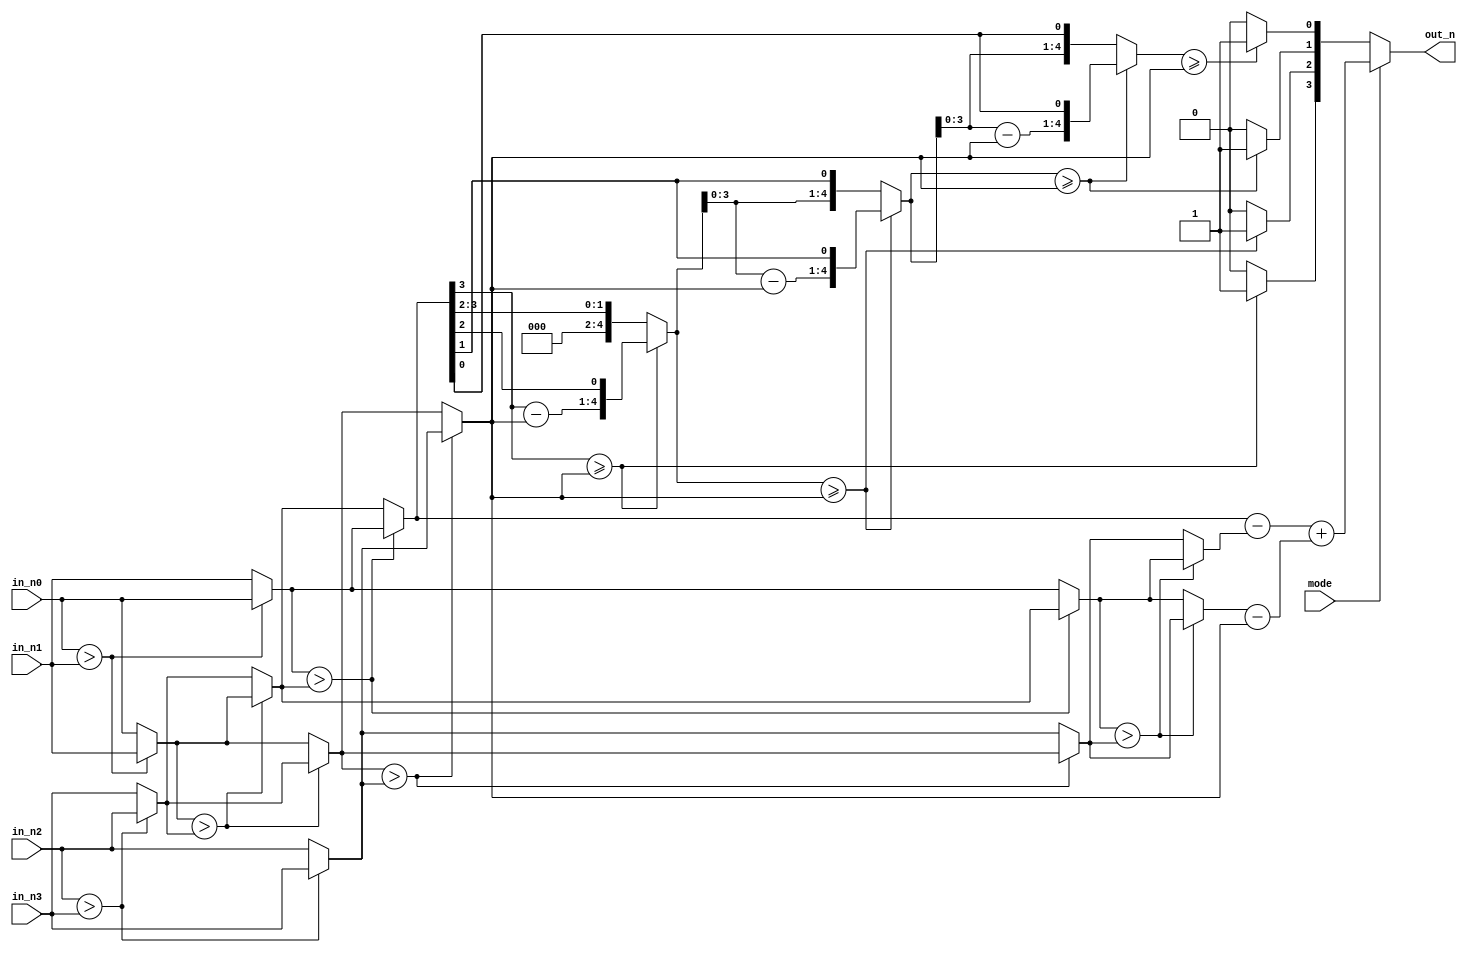
module SD(
	in_n0,
	in_n1, 
	in_n2, 
	in_n3, 
	mode,
	out_n
);
input [3:0] in_n0;   
input [3:0] in_n1;   
input [3:0] in_n2;   
input [3:0] in_n3;   
input mode;
   
output reg [3:0] out_n;

wire [3:0] swap_1_b,swap_1_s,swap_2_b,swap_2_s,swap_3_b,swap_3_s;
wire [3:0] swap_4_b,swap_4_s,swap_5_b,swap_5_s,swap_6_b,swap_6_s;
wire [4:0] q0,q1,q2;
wire [4:0] temp_q1,temp_q2,temp_q3;
wire [7:0] temp,div1,div2;
reg [3:0] n0,n1,n2,n3;
wire [3:0] Q;

//sorting
assign swap_1_b = (in_n0>in_n1)?in_n0:in_n1;
assign swap_1_s = (in_n0>in_n1)?in_n1:in_n0; 
assign swap_2_b = (in_n2>in_n3)?in_n2:in_n3;
assign swap_2_s = (in_n2>in_n3)?in_n3:in_n2;  
assign swap_3_b = (swap_1_s>swap_2_b)?swap_1_s:swap_2_b;
assign swap_3_s = (swap_1_s>swap_2_b)?swap_2_b:swap_1_s;
assign swap_4_b = (swap_1_b>swap_3_b)?swap_1_b:swap_3_b;
assign swap_4_s = (swap_1_b>swap_3_b)?swap_3_b:swap_1_b;
assign swap_5_b = (swap_3_s>swap_2_s)?swap_3_s:swap_2_s;
assign swap_5_s = (swap_3_s>swap_2_s)?swap_2_s:swap_3_s;
assign swap_6_b = (swap_4_s>swap_5_b)?swap_4_s:swap_5_b;
assign swap_6_s = (swap_4_s>swap_5_b)?swap_5_b:swap_4_s;

//sorting_result
always@*
begin
  n0 = swap_4_b;
  n1 = swap_6_b;
  n2 = swap_6_s;
  n3 = swap_5_s;
end   

assign temp = {4'b0,n0};
assign div1 = {temp[7:3]};   
assign div2 = {1'b0,n3};
assign temp_q3 = div1-div2;
assign temp_q2 = q2-div2;
assign temp_q1 = q1-div2;
assign q2 = (div1 >= div2)?{temp_q3[3:0],temp[2]}:{div1[3:0],temp[2]};
assign q1 = (q2 >= div2)?{temp_q2[3:0],temp[1]}:{q2[3:0],temp[1]};
assign q0 = (q1 >= div2)?{temp_q1[3:0],temp[0]}:{q1[3:0],temp[0]};
assign Q[3] = (div1 >= div2)?1:0;
assign Q[2] = (q2 >= div2)?1:0;
assign Q[1] = (q1 >= div2)?1:0;
assign Q[0] = (q0 >= div2)?1:0;


always@*
begin
  if(mode==0) begin
    out_n = Q;
  end
  else begin
    out_n = (n0-n1)+(n2-n3);    
  end
end




endmodule